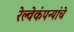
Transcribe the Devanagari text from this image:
रेल्वेकंपन्यांचे